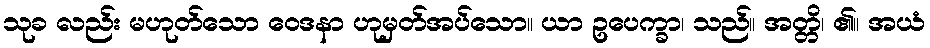
သုခ လည်း မဟုတ်သော ဝေဒနာ ဟုမှတ်အပ်သော။ ယာ ဥပေက္ခာ၊ သည်။ အတ္တိ၊ ၏။ အယံ